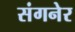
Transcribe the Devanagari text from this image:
संगनेर